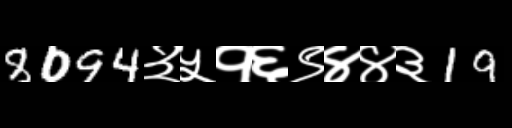
Text: 8094३५१६९४४३19